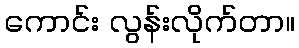
ကောင်း လွန်းလိုက်တာ။